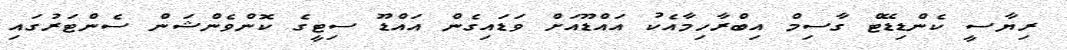
ރިޔާސީ ކެންޑިޑޭޓް ގާސިމް އިބްރާހިމާއެކު އައްޑޫއަށް ވަޑައިގެން އައްޑޫ ސިޓީގެ ކޮންވެންޝަން ސެންޓަރުގައި